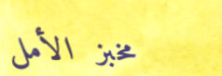
مخبز الأمل